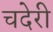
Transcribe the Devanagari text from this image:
चदेरी